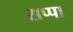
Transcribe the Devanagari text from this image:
सप्पा